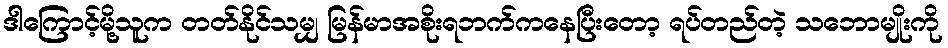
ဒါကြောင့်မို့သူက တတ်နိုင်သမျှ မြန်မာအစိုးရဘက်ကနေပြီးတော့ ရပ်တည်တဲ့ သဘောမျိုးကို